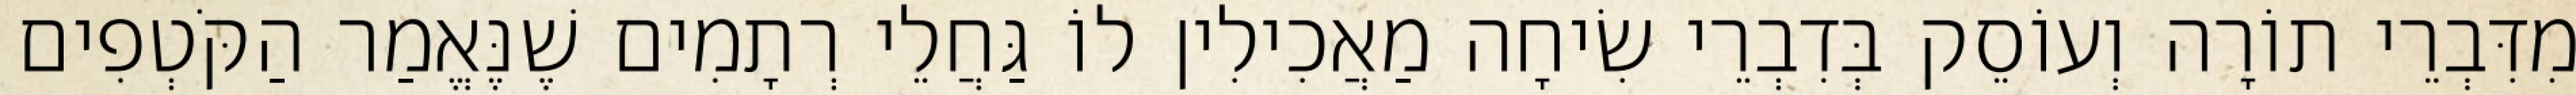
מִדִּבְרֵי תוֹרָה וְעוֹסֵק בְּדִבְרֵי שִׂיחָה מַאֲכִילִין לוֹ גַּחֲלֵי רְתָמִים שֶׁנֶּאֱמַר הַקֹּטְפִים